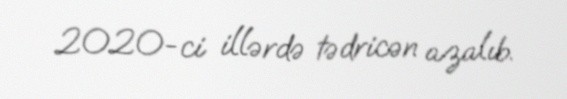
2020-ci illərdə tədricən azalıb.